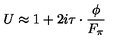
U \approx 1 + 2 i \mathrm { \boldmath { \tau } } \cdot \frac { \mathrm { \boldmath \phi } } { F _ { \pi } }